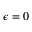
\epsilon = 0